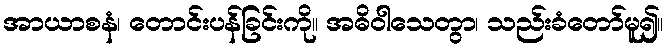
အာယာစနံ၊ တောင်းပန်ခြင်းကို။ အဓိဝါသေတွာ၊ သည်းခံတော်မူ၍။